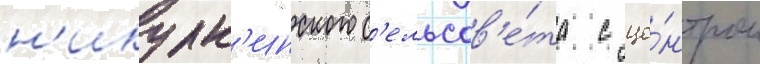
н'икулк'инского с'ельсов'е́та с це́нтром